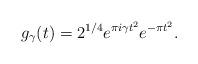
LaTeX: \begin{align*}g_\gamma(t) = 2^{1/4} e^{\pi i \gamma t^2} e^{-\pi t^2}.\end{align*}